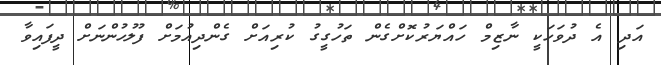
އަދި އެ ދުވަހަކީ ނާޒިމް ހައްޔަރުކޮށްގެން ތަހުގީގު ކުރިއަށް ގެންދިއުމަށް ފުލުހުންނަށް ދީފައިވާ